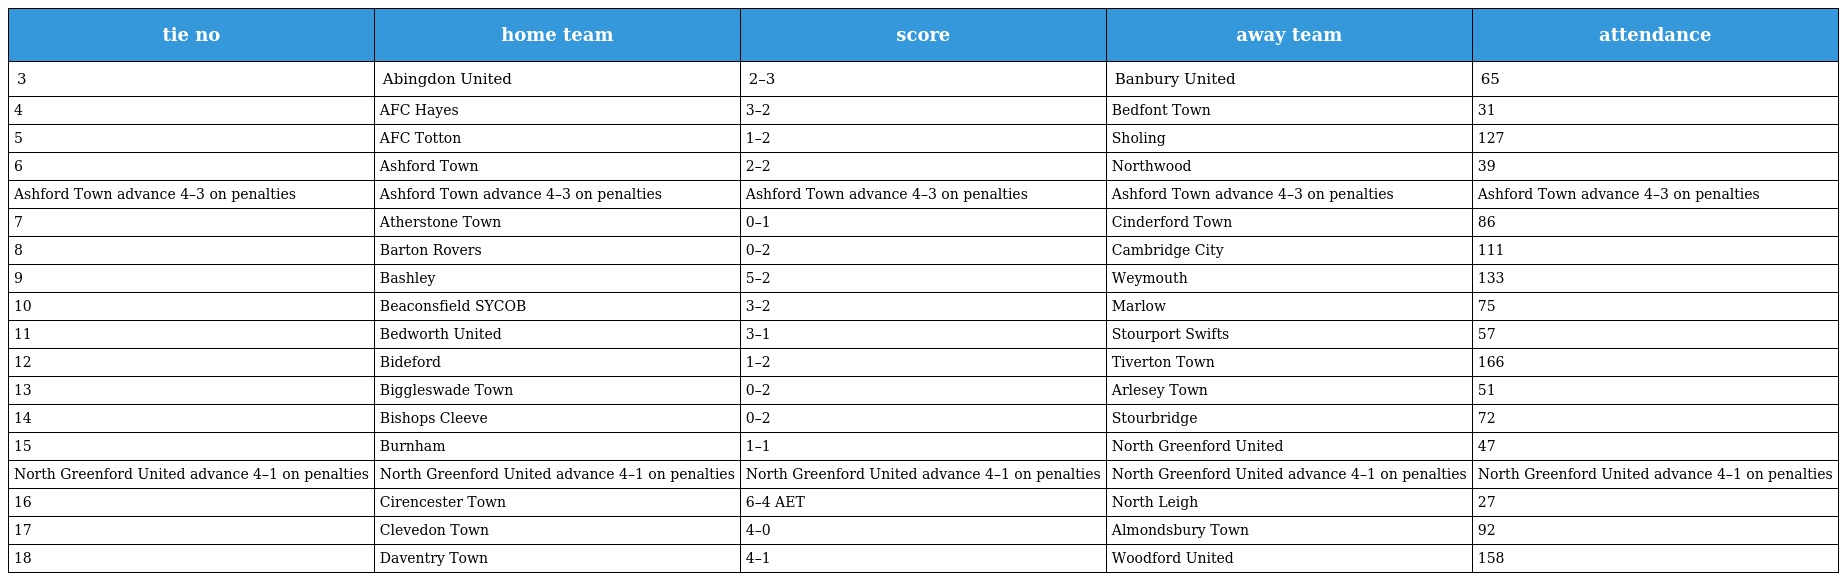
| tie no | home team | score | away team | attendance |
 | --- | --- | --- | --- | --- |
 | 3 | Abingdon United | 2–3 | Banbury United | 65 |
 | 4 | AFC Hayes | 3–2 | Bedfont Town | 31 |
 | 5 | AFC Totton | 1–2 | Sholing | 127 |
 | 6 | Ashford Town | 2–2 | Northwood | 39 |
 | Ashford Town advance 4–3 on penalties | Ashford Town advance 4–3 on penalties | Ashford Town advance 4–3 on penalties | Ashford Town advance 4–3 on penalties | Ashford Town advance 4–3 on penalties |
 | 7 | Atherstone Town | 0–1 | Cinderford Town | 86 |
 | 8 | Barton Rovers | 0–2 | Cambridge City | 111 |
 | 9 | Bashley | 5–2 | Weymouth | 133 |
 | 10 | Beaconsfield SYCOB | 3–2 | Marlow | 75 |
 | 11 | Bedworth United | 3–1 | Stourport Swifts | 57 |
 | 12 | Bideford | 1–2 | Tiverton Town | 166 |
 | 13 | Biggleswade Town | 0–2 | Arlesey Town | 51 |
 | 14 | Bishops Cleeve | 0–2 | Stourbridge | 72 |
 | 15 | Burnham | 1–1 | North Greenford United | 47 |
 | North Greenford United advance 4–1 on penalties | North Greenford United advance 4–1 on penalties | North Greenford United advance 4–1 on penalties | North Greenford United advance 4–1 on penalties | North Greenford United advance 4–1 on penalties |
 | 16 | Cirencester Town | 6–4 AET | North Leigh | 27 |
 | 17 | Clevedon Town | 4–0 | Almondsbury Town | 92 |
 | 18 | Daventry Town | 4–1 | Woodford United | 158 |